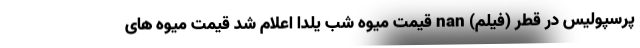
پرسپولیس در قطر (فیلم) nan قیمت میوه شب یلدا اعلام شد قیمت میوه های